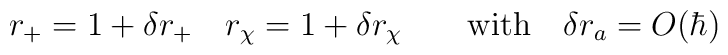
r_+ = 1 + \delta r_+ \quad r_\chi = 1 + \delta r_\chi \qquad\mbox{with}\quad \delta r_a = O(\hbar)